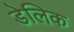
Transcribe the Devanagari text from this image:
डेलिक